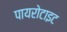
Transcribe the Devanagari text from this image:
पायरोटाइट